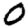
Digit: 0